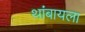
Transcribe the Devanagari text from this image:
थांबायला